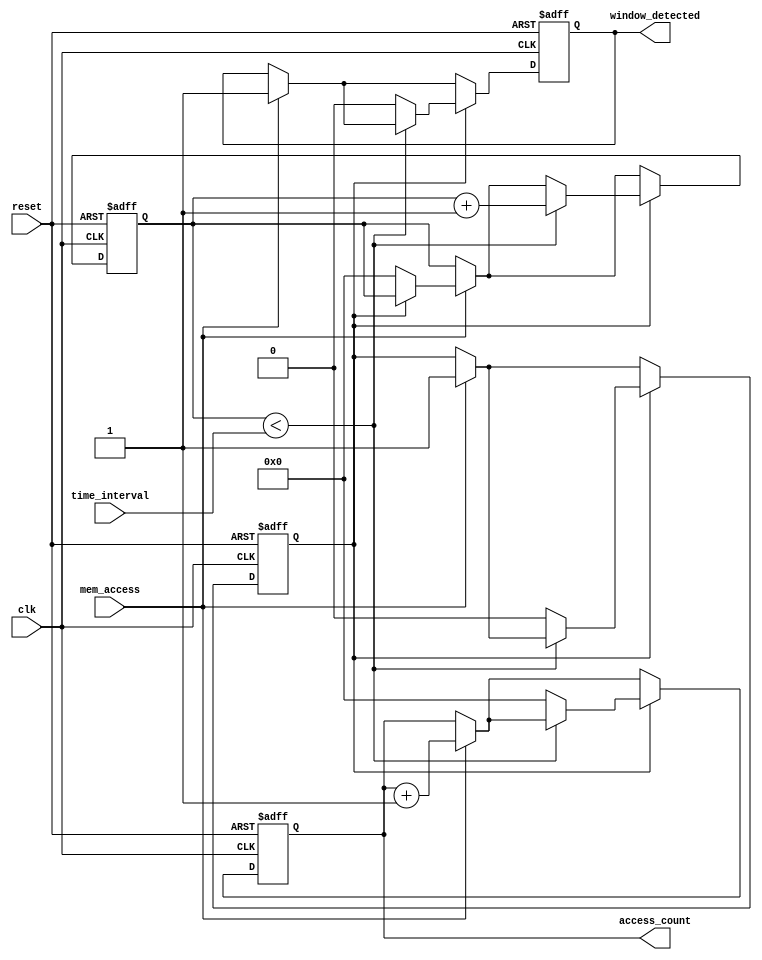
module MemoryBlocksTimeWindowDetector (
    input wire clk,                 // System clock
    input wire reset,               // Asynchronous reset
    input wire mem_access,          // Memory access signal
    input wire [7:0] time_interval, // Configurable time window (in clock cycles)
    output reg window_detected,     // Indicator for window detection
    output reg [7:0] access_count    // Counter for detected accesses
);

    // State declarations
    reg [7:0] count;                // Counter for time-window
    reg counting;                   // Counting state flag

    // Asynchronous reset and state initialization
    always @(posedge clk or posedge reset) begin
        if (reset) begin
            access_count <= 8'b0;
            count <= 8'b0;
            window_detected <= 1'b0;
            counting <= 1'b0;
        end else begin
            // Check for memory access
            if (mem_access) begin
                if (!counting) begin
                    // Start counting if not already counting
                    counting <= 1'b1;
                    access_count <= access_count + 1; // Increment access count
                    window_detected <= 1'b1; // Set window detected
                    count <= 8'b0; // Reset the count
                end else begin
                    // Increment the access count if counting
                    access_count <= access_count + 1;
                    window_detected <= 1'b1; // Keep window detected
                end
            end
            
            // Counting logic
            if (counting) begin
                if (count < time_interval) begin
                    count <= count + 1; // Increment the count
                end else begin
                    // Time interval reached
                    counting <= 1'b0; // Stop counting
                    access_count <= 8'b0; // Reset the access count
                    window_detected <= 1'b0; // Clear window detected
                end
            end
        end
    end

endmodule